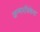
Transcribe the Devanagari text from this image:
जन्मपत्रिकेत